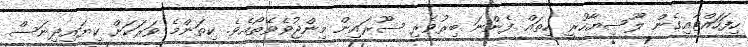
ހިފަހައްޓާއިގެން ލޫސިޔާހުރީ ހިތައް ފެންނަ ބިރުވެރި ސޫރައިން މިންޖުވެވޭތޯއެވެ. ކިތަންމެ ވަރަކަށް ކިޔައިދިނަސް